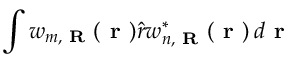
\int w _ { m , \textbf { R } } ( \textbf { r } ) \hat { r } w _ { n , \textbf { R } } ^ { * } ( \textbf { r } ) \, d \textbf { r }